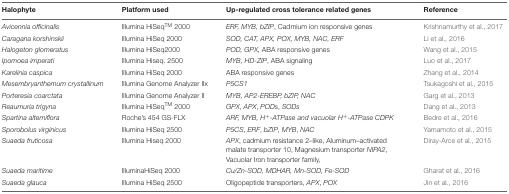
<table><thead><tr><td><b>Halophyte</b></td><td><b>Platform used</b></td><td><b>Up-regulated cross tolerance related genes</b></td><td><b>Reference</b></td></tr></thead><tbody><tr><td><i>Avicennia officinalis</i></td><td>Illumina HiSeq<sup>TM</sup> 2000</td><td><i>ERF, MYB, bZIP</i>, Cadmium ion responsive genes</td><td>Krishnamurthy et al., 2017</td></tr><tr><td><i>Caragana korshinskii</i></td><td>Illumina HiSeq 2000</td><td><i>SOD, CAT, APX, POX, MYB, NAC, ERF</i></td><td>Li et al., 2016</td></tr><tr><td><i>Halogeton glomeratus</i></td><td>Illumina HiSeq2000</td><td><i>POD, GPX</i>, ABA responsive genes</td><td>Wang et al., 2015</td></tr><tr><td><i>Ipomoea imperati</i></td><td>Illumina Hiseq. 2500</td><td><i>MYB, HD-ZIP</i>, ABA signaling</td><td>Luo et al., 2017</td></tr><tr><td><i>Karelinia caspica</i></td><td>Illumina HiSeq 2000</td><td>ABA responsive genes</td><td>Zhang et al., 2014</td></tr><tr><td><i>Mesembryanthemum crystallinum</i></td><td>Illumina Genome Analyzer IIx</td><td><i>P5CS1</i></td><td>Tsukagoshi et al., 2015</td></tr><tr><td><i>Porteresia coarctata</i></td><td>Illumina Genome Analyzer II</td><td><i>MYB, AP2-EREBP, bZIP, NAC</i></td><td>Garg et al., 2013</td></tr><tr><td><i>Reaumuria trigyna</i></td><td>Illumina HiSeq<sup>TM</sup> 2000</td><td><i>GPX</i>, <i>APX</i>, <i>PODs</i>, <i>SODs</i></td><td>Dang et al., 2013</td></tr><tr><td><i>Spartina alterniflora</i></td><td>Roche’s 454 GS-FLX</td><td><i>ARF, MYB, H<sup>+</sup>-ATPase and vacuolar H<sup>+</sup>-ATPase CDPK</i></td><td>Bedre et al., 2016</td></tr><tr><td><i>Sporobolus virginicus</i></td><td>Illumina HiSeq 2500</td><td><i>P5CS</i>, <i>ERF</i>, <i>bZIP</i>, <i>MYB</i>, <i>NAC</i></td><td>Yamamoto et al., 2015</td></tr><tr><td><i>Suaeda fruticosa</i></td><td>Illumina Hiseq 2000</td><td><i>APX</i>, cadmium resistance 2–like, Aluminum–activated malate transporter 10, Magnesium transporter <i>NIPA2</i>, Vacuolar Iron transporter family,</td><td>Diray-Arce et al., 2015</td></tr><tr><td><i>Suaeda maritime</i></td><td>IlluminaHiSeq 2000</td><td><i>Cu/Zn-SOD, MDHAR, Mn-SOD, Fe-SOD</i></td><td>Gharat et al., 2016</td></tr><tr><td><i>Suaeda glauca</i></td><td>Illumina HiSeq 2500</td><td>Oligopeptide transporters, <i>APX</i>, <i>POX</i></td><td>Jin et al., 2016</td></tr></tbody></table>